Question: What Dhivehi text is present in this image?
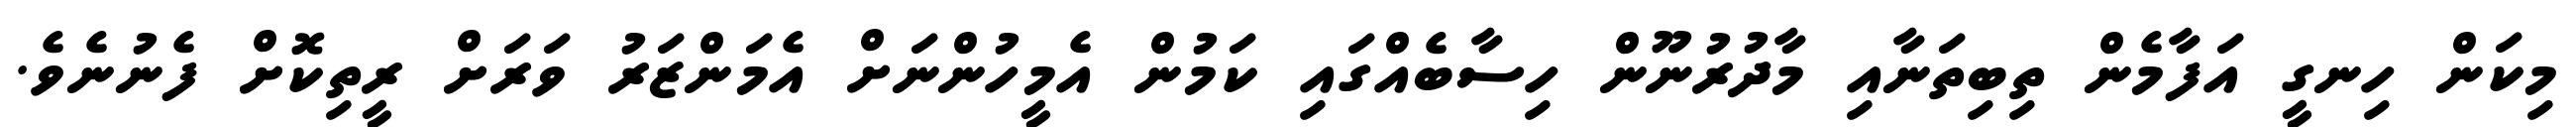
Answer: މިކަން ހިނގީ އަފާމެން ތިބިތަނާއި މާދުރުނޫން ހިސާބެއްގައި ކަމުން އެމީހުންނަށް އެމަންޒަރު ވަރަށް ރީތިކޮށް ފެނުނެވެ.